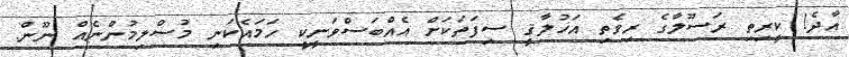
އާދެ! ކީރިތި ރަސޫލާގެ ރިވެތި އަޚުލާޤީ ސިފަތަކަށް އެއްބަސްވަނީކީ ހަމައެކަނި މުސްލިމުންނެއް ނޫން.